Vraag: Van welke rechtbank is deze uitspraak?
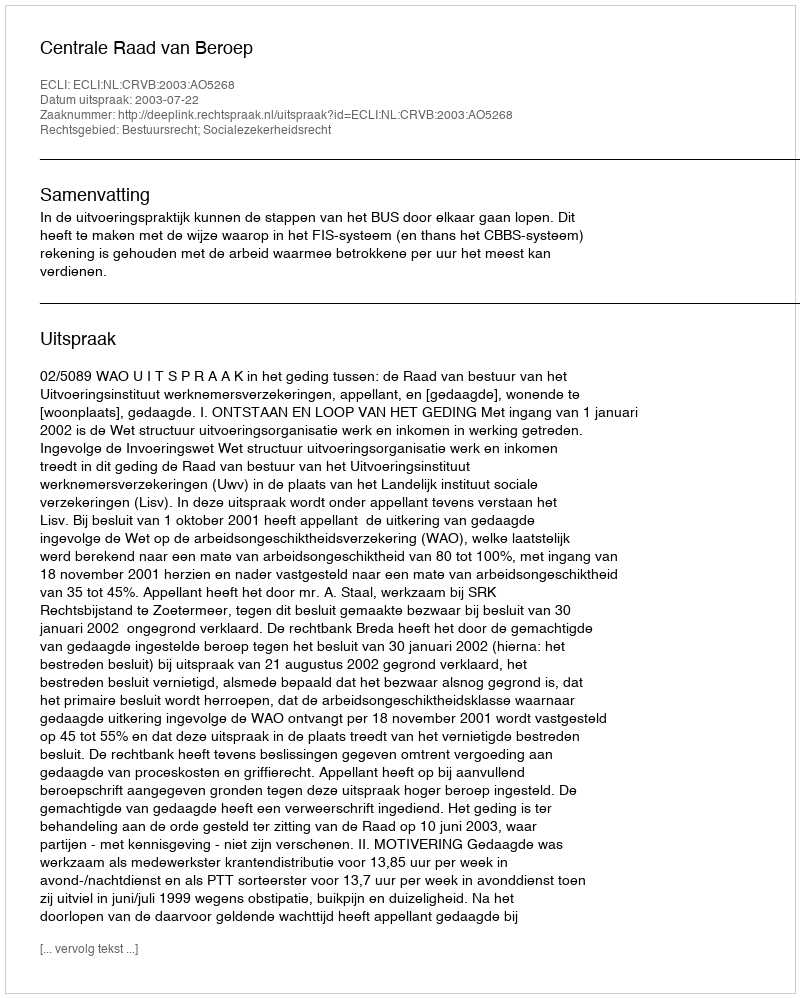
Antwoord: Centrale Raad van Beroep